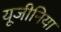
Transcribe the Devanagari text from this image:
यूजीनिया